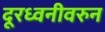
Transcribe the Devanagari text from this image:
दूरध्वनीवरुन